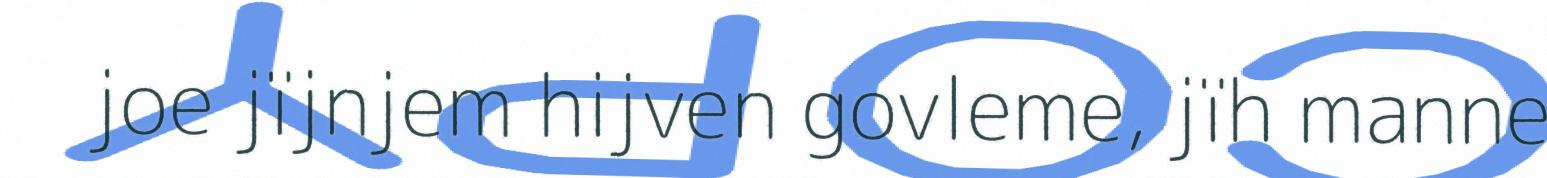
joe jïjnjem hijven govleme, jïh manne